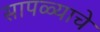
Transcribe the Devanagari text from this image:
सापळ्याचे